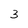
Character: 3